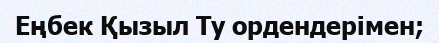
Еңбек Қызыл Ту ордендерімен;